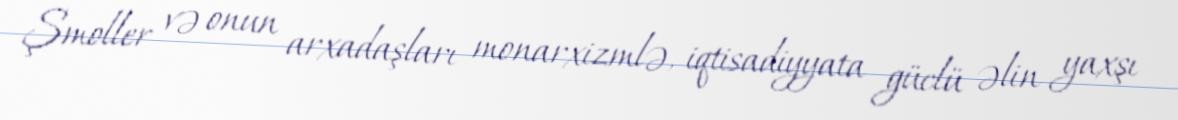
Şmoller və onun arxadaşları monarxizmlə, iqtisadiyyata güclü əlin yaxşı